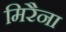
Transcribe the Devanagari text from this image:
मिरैना